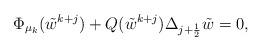
LaTeX: \begin{align*}&\Phi_{\mu_k}(\tilde{w}^{k+j})+Q(\tilde{w}^{k+j})\Delta_{j+\frac{1}{2}}\tilde{w}=0, \end{align*}